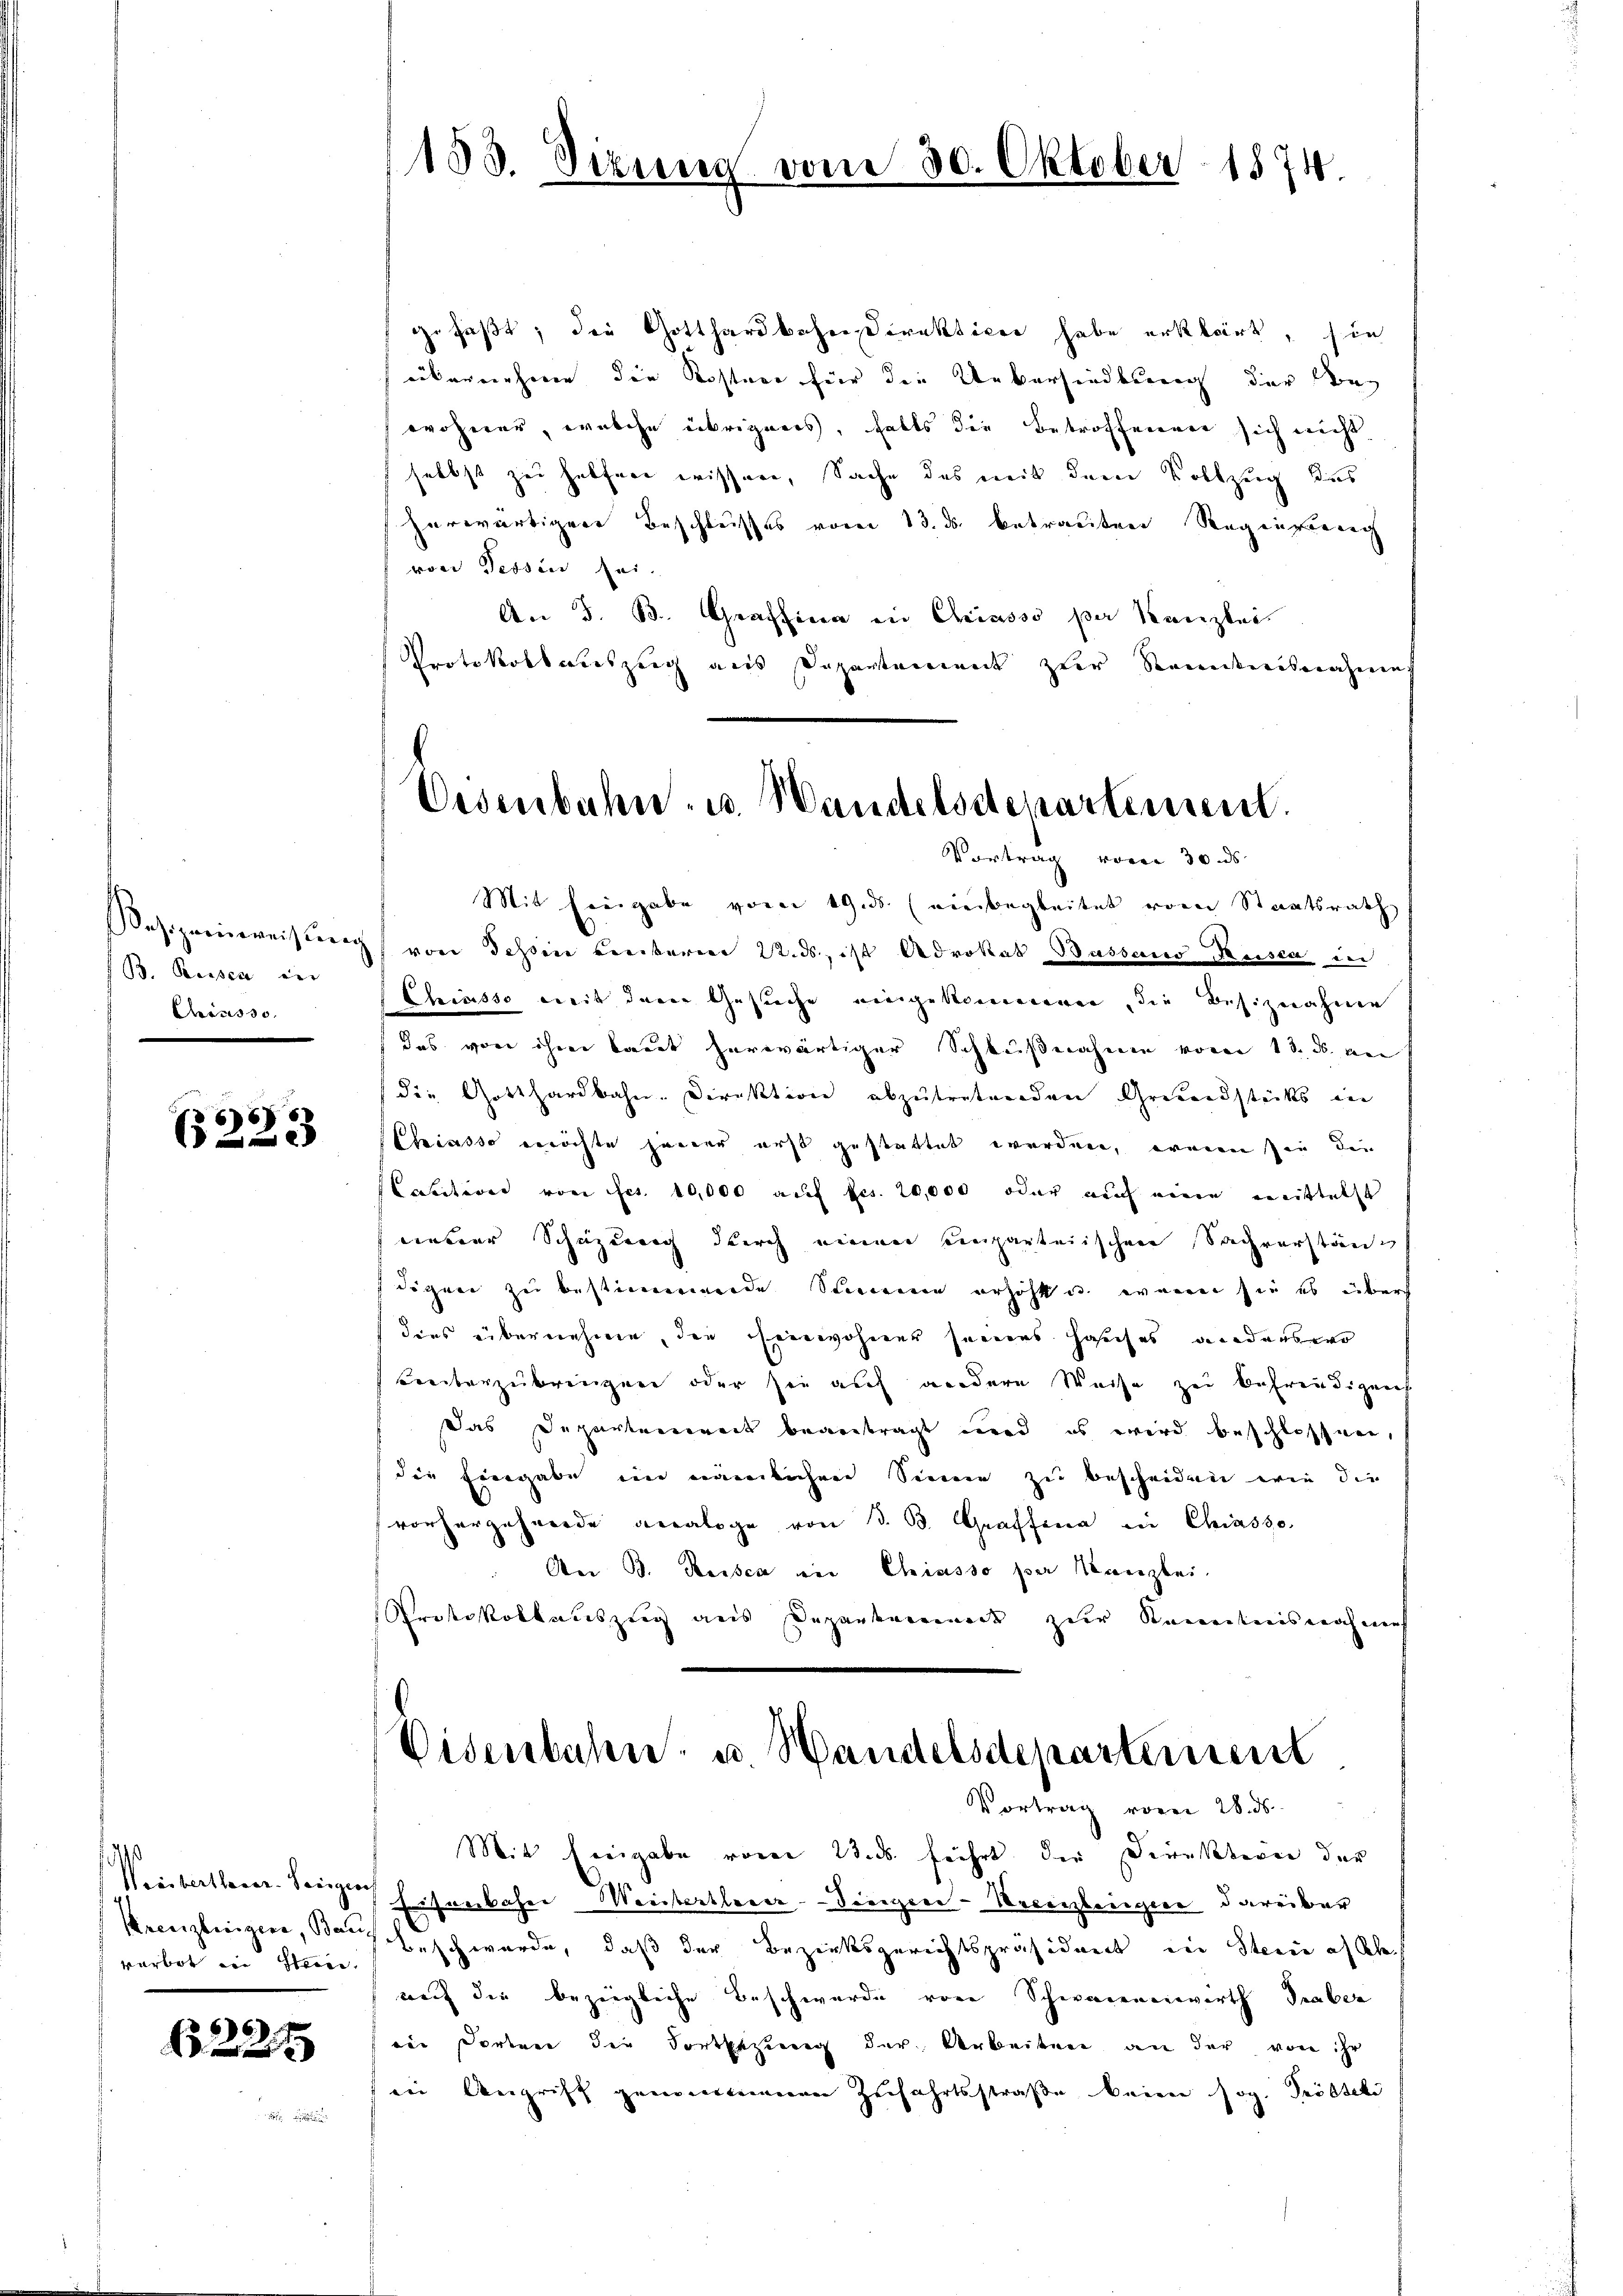
eschreinweistung
/ B. Reisen in
Crises so

(223

1
Weisterthasar-Verigen
Kreuzlinger, Bauverbot in Stein,

622 x

183. Sizung vom 30. Oktober 1874.

Eisenbahn- u. Handelsdepartement.
Vortrag vorer 30 ds.

gefaßt; die Gotthardbahne Direktiker habe erklärt, sie
übernehme die Kostere für die Uebersiedlung der Ang
wohner, welche übrigens, falls die betroffenen sich nicht
selbst zu helfen wissere, Sache des mit dem Vollzug das
herwärtiger Beschlusses vom 13. ds. betrauten Regengeric
von Tessin sei.
An 5. B. Graffina in Chiasso per Kanzlei
Protokollauszug aus Departement zur Reitensnahmen
Mit Eingabe vom 19. ds. einbegleitet vom Staatsrath
von dessen Leisterm 22. ds., ist Advokat Bassario Keisen in
Chiasso weit dene Gesuche eingekommenen, die Besiznahme
das von ihrer laut herwärtiger Schlußnahme von 18. d. ver
die Gotthardbahn-Direktion abzutretenden Grundstücks in
Chiasso möchte jener erst gestattet werden, wenn sie die
Catitiver von Fr. 10,000 auf fes. 20,000 oder auch eine mittelst
neuer Schazung durch einen einparteiischen Sachverstän
digen zu bestimmende Summe erhöht u. wenn sie es über
dies übernehme, den Einwohner seines Hauches anderswo
Freiterzubringen oder sie auf andere Weise zu befreudigen
Das Departenweit beantragt wir es wird beschlossen,
die Eingabe im nämlichere Sinne zu bescheiden wie die
vorhergehende veraloge von 3. B. Graffen in Chiasso
Aber B. Rossca der Chiasso per Kanzlei.
Protokollauszug aus Departenmock zur Kenntnisnahme
Eisenbahn u Handelsdeparteinent
Vortrag vom 28. ds.
Mit freigabe vom 23. ds. führt der Direktoren der
fenbacher Weistertherer-Siegen-Krenzleigen darüber
Beschwerde, daß der Bezirksgerichtspräsident in Stern of th
nach die bezeigliche Beschwerde von Schwanenenwirth Graber
iin Porten die Fortbesinng der Arbeiten an der von ihr
in Angriff genommenen Zufahrtsstraβe beim sog. Trösteti